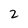
Character: 2